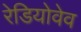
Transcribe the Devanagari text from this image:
रेडियोवेव